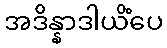
အဒိန္နာဒါယိံပေ